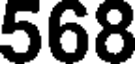
568